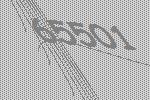
65501